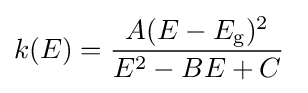
k(E)={\frac {A(E-E_{\text{g}})^{2}}{E^{2}-BE+C}}\